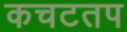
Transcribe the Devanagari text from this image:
कचटतप